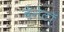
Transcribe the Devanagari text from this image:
बेनेटॉ